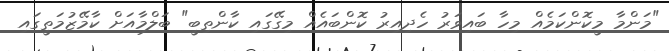
"މަންމާ މީކޮންކަމެއް މިހާ ބައިވަރު ހެދިއިރު ކޮންބައެއް މިގޭގައި ކާންތިބީ" ބަލްމާއަށް ކާމޭޒުމަތީގައި